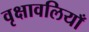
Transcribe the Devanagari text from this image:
वृक्षावलियाँ